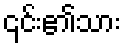
၎င်း၏သား